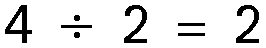
4 ÷ 2 = 2